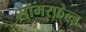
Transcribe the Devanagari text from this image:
सोमरफ़ेल्ड